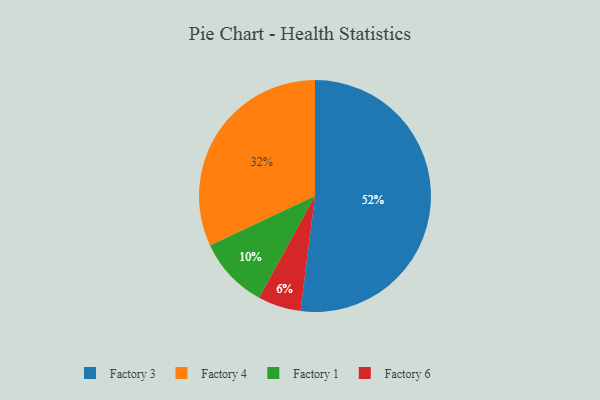
{"axis": {"x": "Category", "y": "Percentage"}, "legend": ["Factory 1", "Factory 3", "Factory 4", "Factory 6"], "data": [{"x": "Factory 4", "y": 32, "type": "Factory 4"}, {"x": "Factory 6", "y": 6, "type": "Factory 6"}, {"x": "Factory 3", "y": 52, "type": "Factory 3"}, {"x": "Factory 1", "y": 10, "type": "Factory 1"}]}